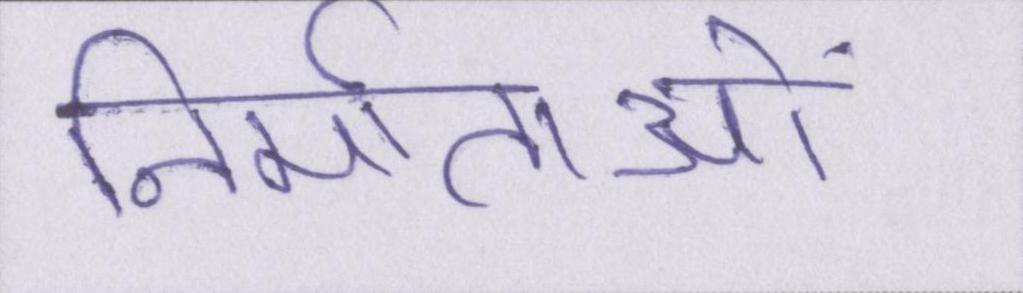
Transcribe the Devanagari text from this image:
निर्माताओं